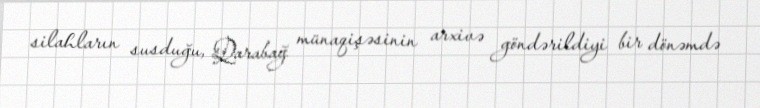
silahların susduğu, Qarabağ münaqişəsinin arxivə göndərildiyi bir dönəmdə